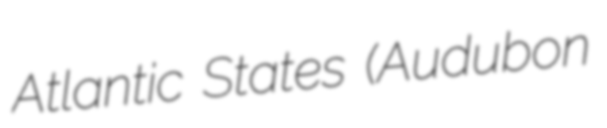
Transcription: Atlantic States (Audubon